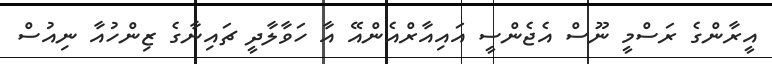
އީރާންގެ ރަސްމީ ނޫސް އެޖެންސީ އައިއާރްއެންއޭ އާ ހަވާލާދީ ޗައިނާގެ ޒިންހުއާ ނިއުސް